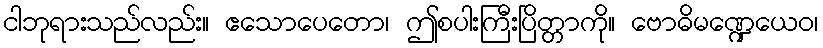
ငါဘုရားသည်လည်း။ ဧသောပေတော၊ ဤစပါးကြီးပြိတ္တာကို။ ဗောဓိမဏ္ဍေယေဝ၊